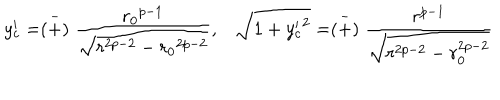
LaTeX: y _ { c } ^ { \prime } = \stackrel { - } { ( + ) } \frac { { r _ { 0 } } ^ { p - 1 } } { \sqrt { r ^ { 2 p - 2 } - { r _ { 0 } } ^ { 2 p - 2 } } } , \sqrt { 1 + { y _ { c } ^ { \prime } } ^ { 2 } } = \stackrel { - } { ( + ) } \frac { r ^ { p - 1 } } { \sqrt { r ^ { 2 p - 2 } - r _ { 0 } ^ { 2 p - 2 } } }